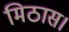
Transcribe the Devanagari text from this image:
मिठास।